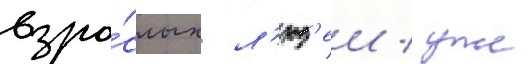
взро́слых л'юд'еи / уже